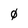
Character: 0